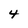
Character: 4